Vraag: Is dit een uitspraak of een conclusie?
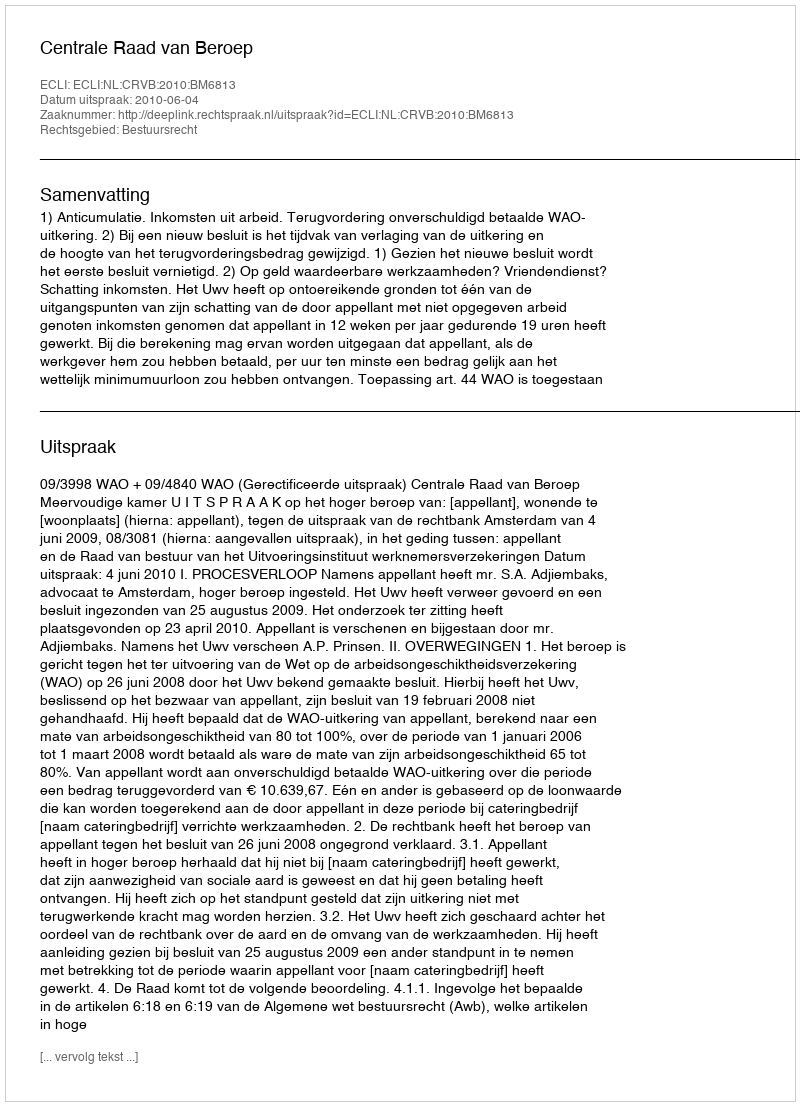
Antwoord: Uitspraak